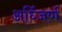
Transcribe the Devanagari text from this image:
अर्ध्जिर्ण